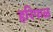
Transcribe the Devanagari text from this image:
हरिपाळ